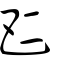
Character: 𠄧